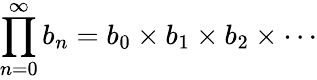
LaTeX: \prod_{n=0}^{\infty}b_{n}=b_{0}\times b_{1}\times b_{2}\times\cdots